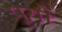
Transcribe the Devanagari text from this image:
पूयों